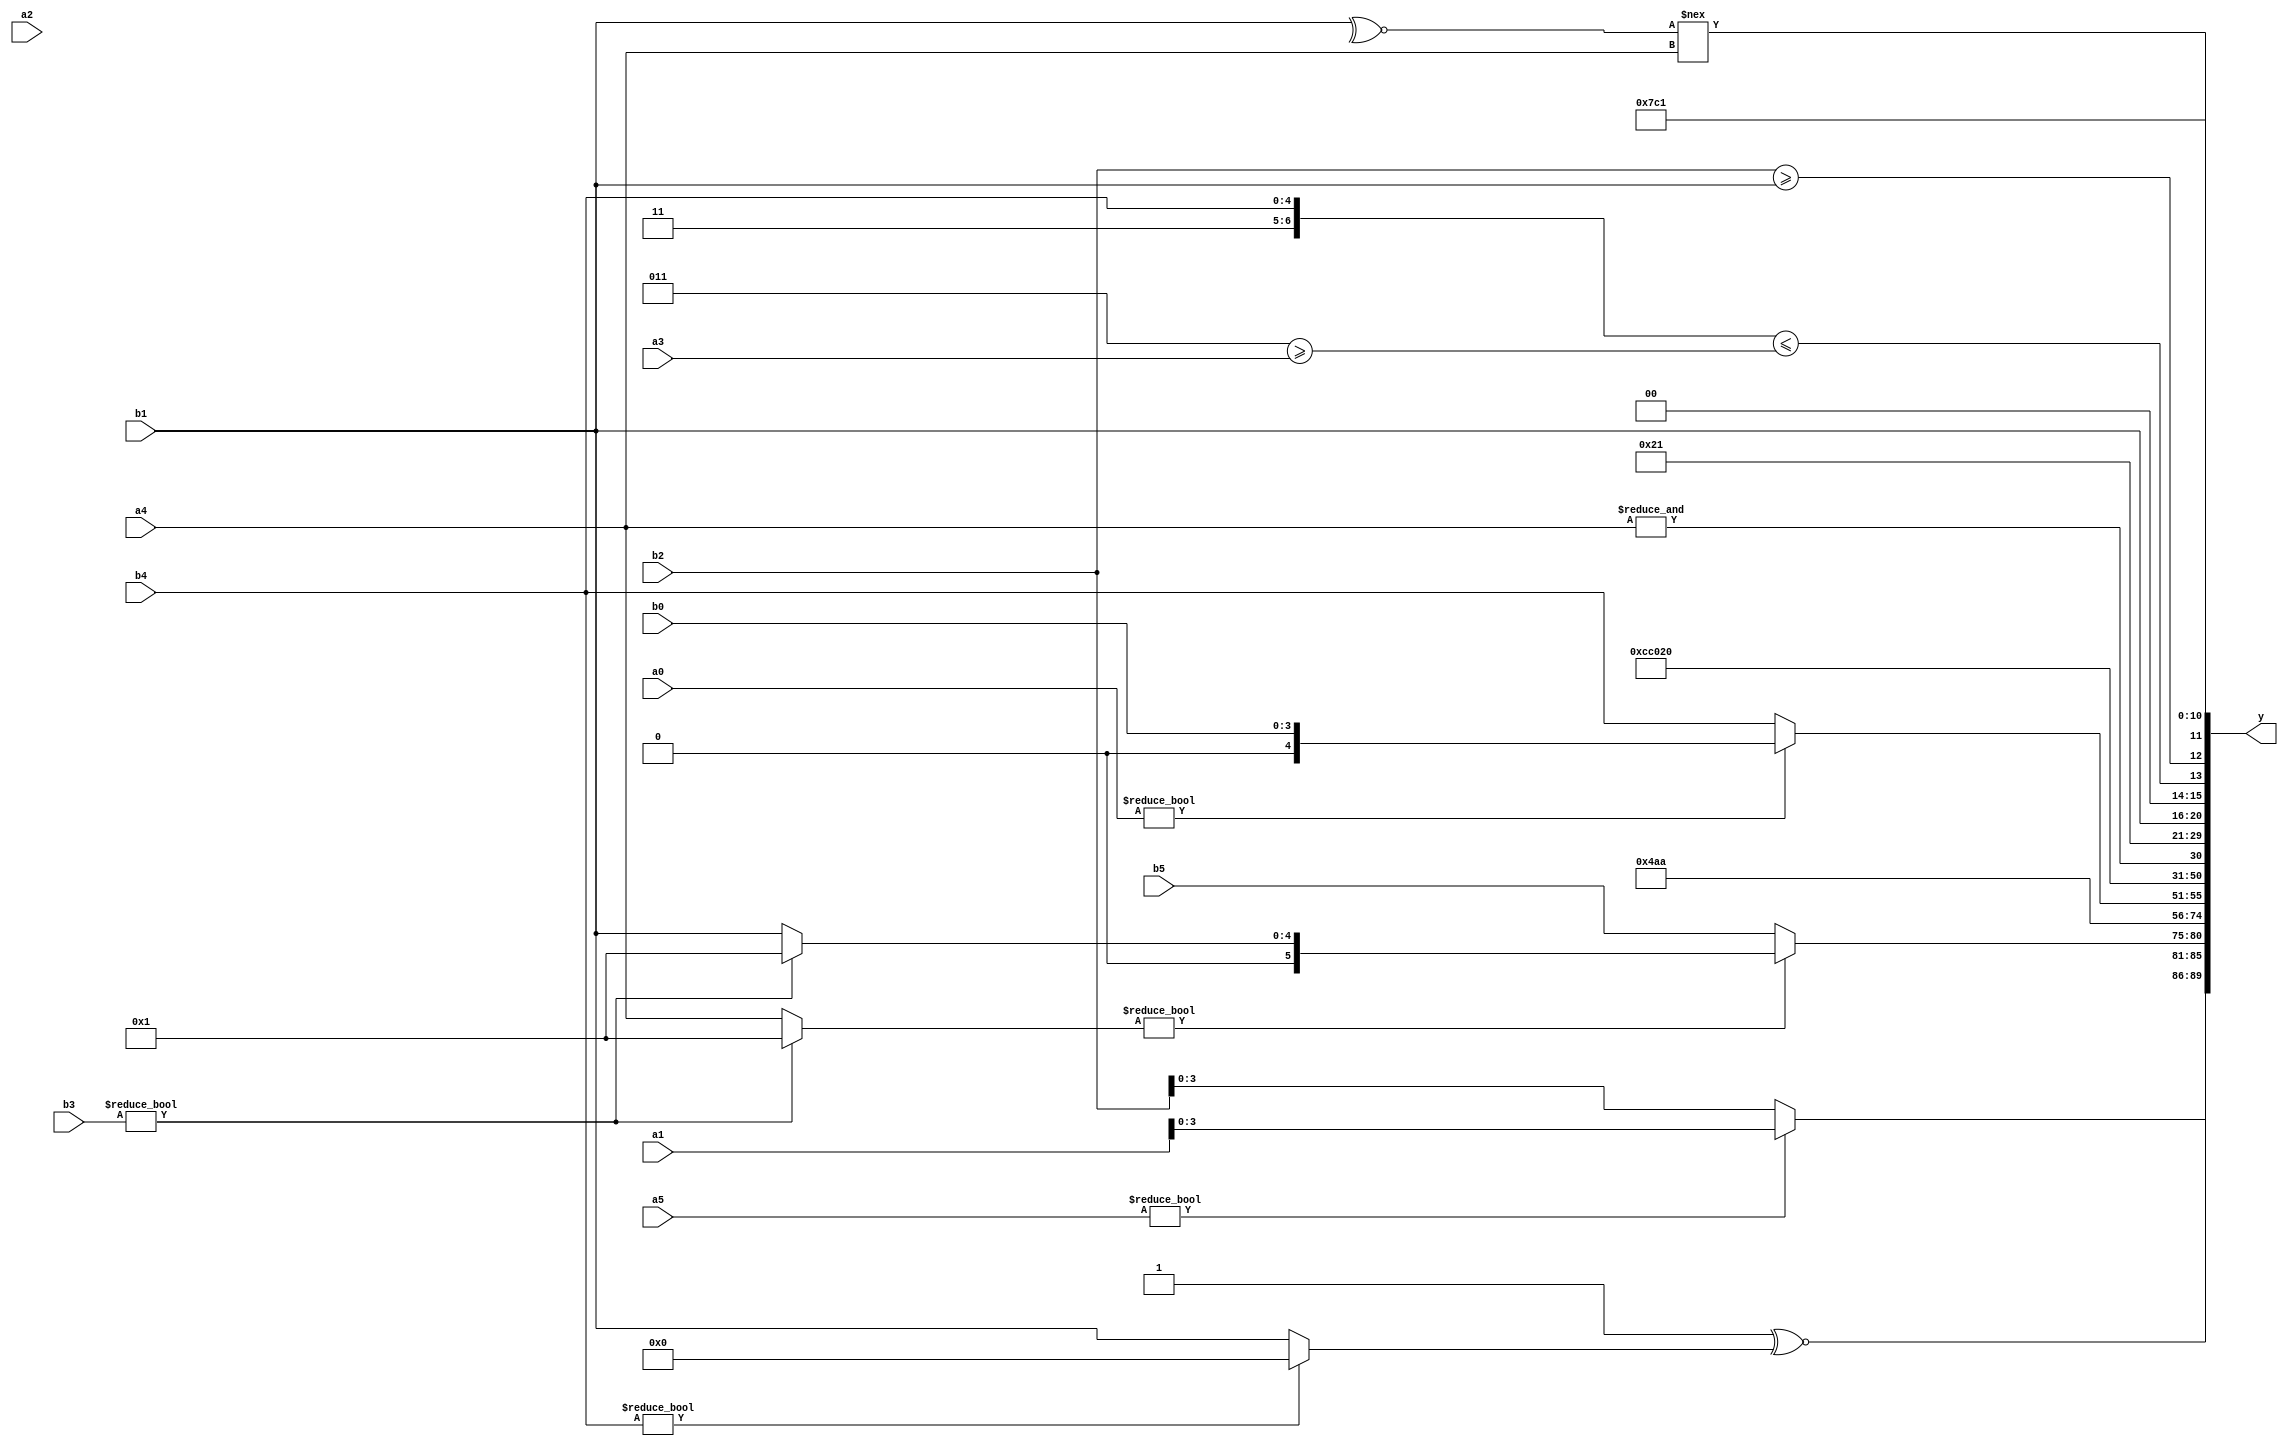
module expression_00310(a0, a1, a2, a3, a4, a5, b0, b1, b2, b3, b4, b5, y);
  input [3:0] a0;
  input [4:0] a1;
  input [5:0] a2;
  input signed [3:0] a3;
  input signed [4:0] a4;
  input signed [5:0] a5;

  input [3:0] b0;
  input [4:0] b1;
  input [5:0] b2;
  input signed [3:0] b3;
  input signed [4:0] b4;
  input signed [5:0] b5;

  wire [3:0] y0;
  wire [4:0] y1;
  wire [5:0] y2;
  wire signed [3:0] y3;
  wire signed [4:0] y4;
  wire signed [5:0] y5;
  wire [3:0] y6;
  wire [4:0] y7;
  wire [5:0] y8;
  wire signed [3:0] y9;
  wire signed [4:0] y10;
  wire signed [5:0] y11;
  wire [3:0] y12;
  wire [4:0] y13;
  wire [5:0] y14;
  wire signed [3:0] y15;
  wire signed [4:0] y16;
  wire signed [5:0] y17;

  output [89:0] y;
  assign y = {y0,y1,y2,y3,y4,y5,y6,y7,y8,y9,y10,y11,y12,y13,y14,y15,y16,y17};

  localparam [3:0] p0 = (-(((~|(-4'sd2))!=((2'sd0)>>>(5'd1)))>>>(((-4'sd1)>>>(-4'sd7))^~((3'sd2)<<<(2'd1)))));
  localparam [4:0] p1 = (&((2'd3)|(!{((3'd4)-(5'd17)),{(4'sd7),(-2'sd0)}})));
  localparam [5:0] p2 = ((((-5'sd5)>(-2'sd0))&&((-4'sd3)<<(5'd12)))?(&((2'd2)?(-2'sd1):(5'd0))):{((|(-4'sd6))&&{(-4'sd3),(-2'sd0)})});
  localparam signed [3:0] p3 = (2'd3);
  localparam signed [4:0] p4 = (((3'sd0)-(5'd16))!==((3'sd2)>=(3'd2)));
  localparam signed [5:0] p5 = {{((5'd28)&(-2'sd0))},((-2'sd0)?(2'd3):(5'sd1)),({(3'sd1)}&{(2'sd1),(3'sd1)})};
  localparam [3:0] p6 = (((-3'sd3)?(2'd0):(-5'sd11))?{(-2'sd1),(2'd0),(-4'sd2)}:((-2'sd0)>>>(5'd23)));
  localparam [4:0] p7 = ((-3'sd0)>>(-5'sd3));
  localparam [5:0] p8 = (|((((2'd3)>>>(4'd14))%(-2'sd1))||((~^((-4'sd2)-(-2'sd1)))>(&((2'sd0)^~(-2'sd0))))));
  localparam signed [3:0] p9 = ((2'sd1)<<(3'sd0));
  localparam signed [4:0] p10 = (^((~(~|((-5'sd5)>(-3'sd3))))||(&(((3'd3)>=(4'd1))===((3'd4)<=(3'sd0))))));
  localparam signed [5:0] p11 = (~^(-2'sd0));
  localparam [3:0] p12 = ((2'sd1)?(4'd1):(5'd16));
  localparam [4:0] p13 = ((2'd1)<<<(2'd1));
  localparam [5:0] p14 = {((4'd9)?(-5'sd13):(2'd1)),((2'd1)?(-3'sd0):(2'd2)),(~|((-5'sd15)===(2'd2)))};
  localparam signed [3:0] p15 = (~{1{({1{(+((^(5'd22))>(&(-4'sd4))))}}^~{2{{1{(^(5'd9))}}}})}});
  localparam signed [4:0] p16 = ((3'd2)|(2'sd1));
  localparam signed [5:0] p17 = (+(((+(-2'sd1))>>>(5'sd11))+(5'd25)));

  assign y0 = (a5?a1:b2);
  assign y1 = (((p10?p15:p9)^~(b4?p7:b1)));
  assign y2 = ($signed(((b3?p9:a4)))?($signed(b3)?$signed(p4):(b1)):$unsigned(((p0?a2:b5))));
  assign y3 = ((6'd2 * (6'd2 * p2))<(~^(+(4'd2 * (2'd2)))));
  assign y4 = {3{{1{((p6||p1)&{1{p5}})}}}};
  assign y5 = (5'sd10);
  assign y6 = ((5'd26));
  assign y7 = {4{(a0?b0:b4)}};
  assign y8 = {3{{2{(p14|p3)}}}};
  assign y9 = {1{((-3'sd2)<=(p5!=p1))}};
  assign y10 = (~&(5'd2 * (~^$unsigned(a2))));
  assign y11 = ((~^p15)?(~^p3):(&a4));
  assign y12 = (((b4>>p17)?(p15>>>a1):(a2>>p11))?((p17?p4:a2)-{3{p0}}):((~&(p11?p13:p11))<=(p8?p4:p4)));
  assign y13 = (~&(-2'sd0));
  assign y14 = {(2'sd0),{4{b1}},$signed((p10>p3))};
  assign y15 = {({p16,b4}<=(p16>=a3)),{{(b2>=b1)}},((~^b1)!=={a4})};
  assign y16 = ({(p17?p17:p12),(4'd3)}?(-2'sd1):(3'sd0));
  assign y17 = ($unsigned((-3'sd3))!={p12,p15,p7});
endmodule